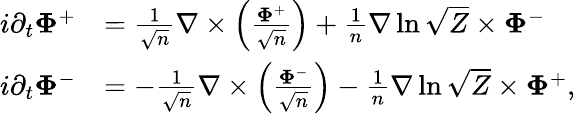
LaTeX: \begin{array}{rl}{i\partial_{t}\boldsymbol{\Phi}^{+}}&{=\frac{1}{\sqrt{n}}\nabla\times\left(\frac{\boldsymbol{\Phi}^{+}}{\sqrt{n}}\right)+\frac{1}{n}\nabla\ln\sqrt{Z}\times\boldsymbol{\Phi}^{-}}\\ {i\partial_{t}\boldsymbol{\Phi}^{-}}&{=-\frac{1}{\sqrt{n}}\nabla\times\left(\frac{\boldsymbol{\Phi}^{-}}{\sqrt{n}}\right)-\frac{1}{n}\nabla\ln\sqrt{Z}\times\boldsymbol{\Phi}^{+},}\end{array}